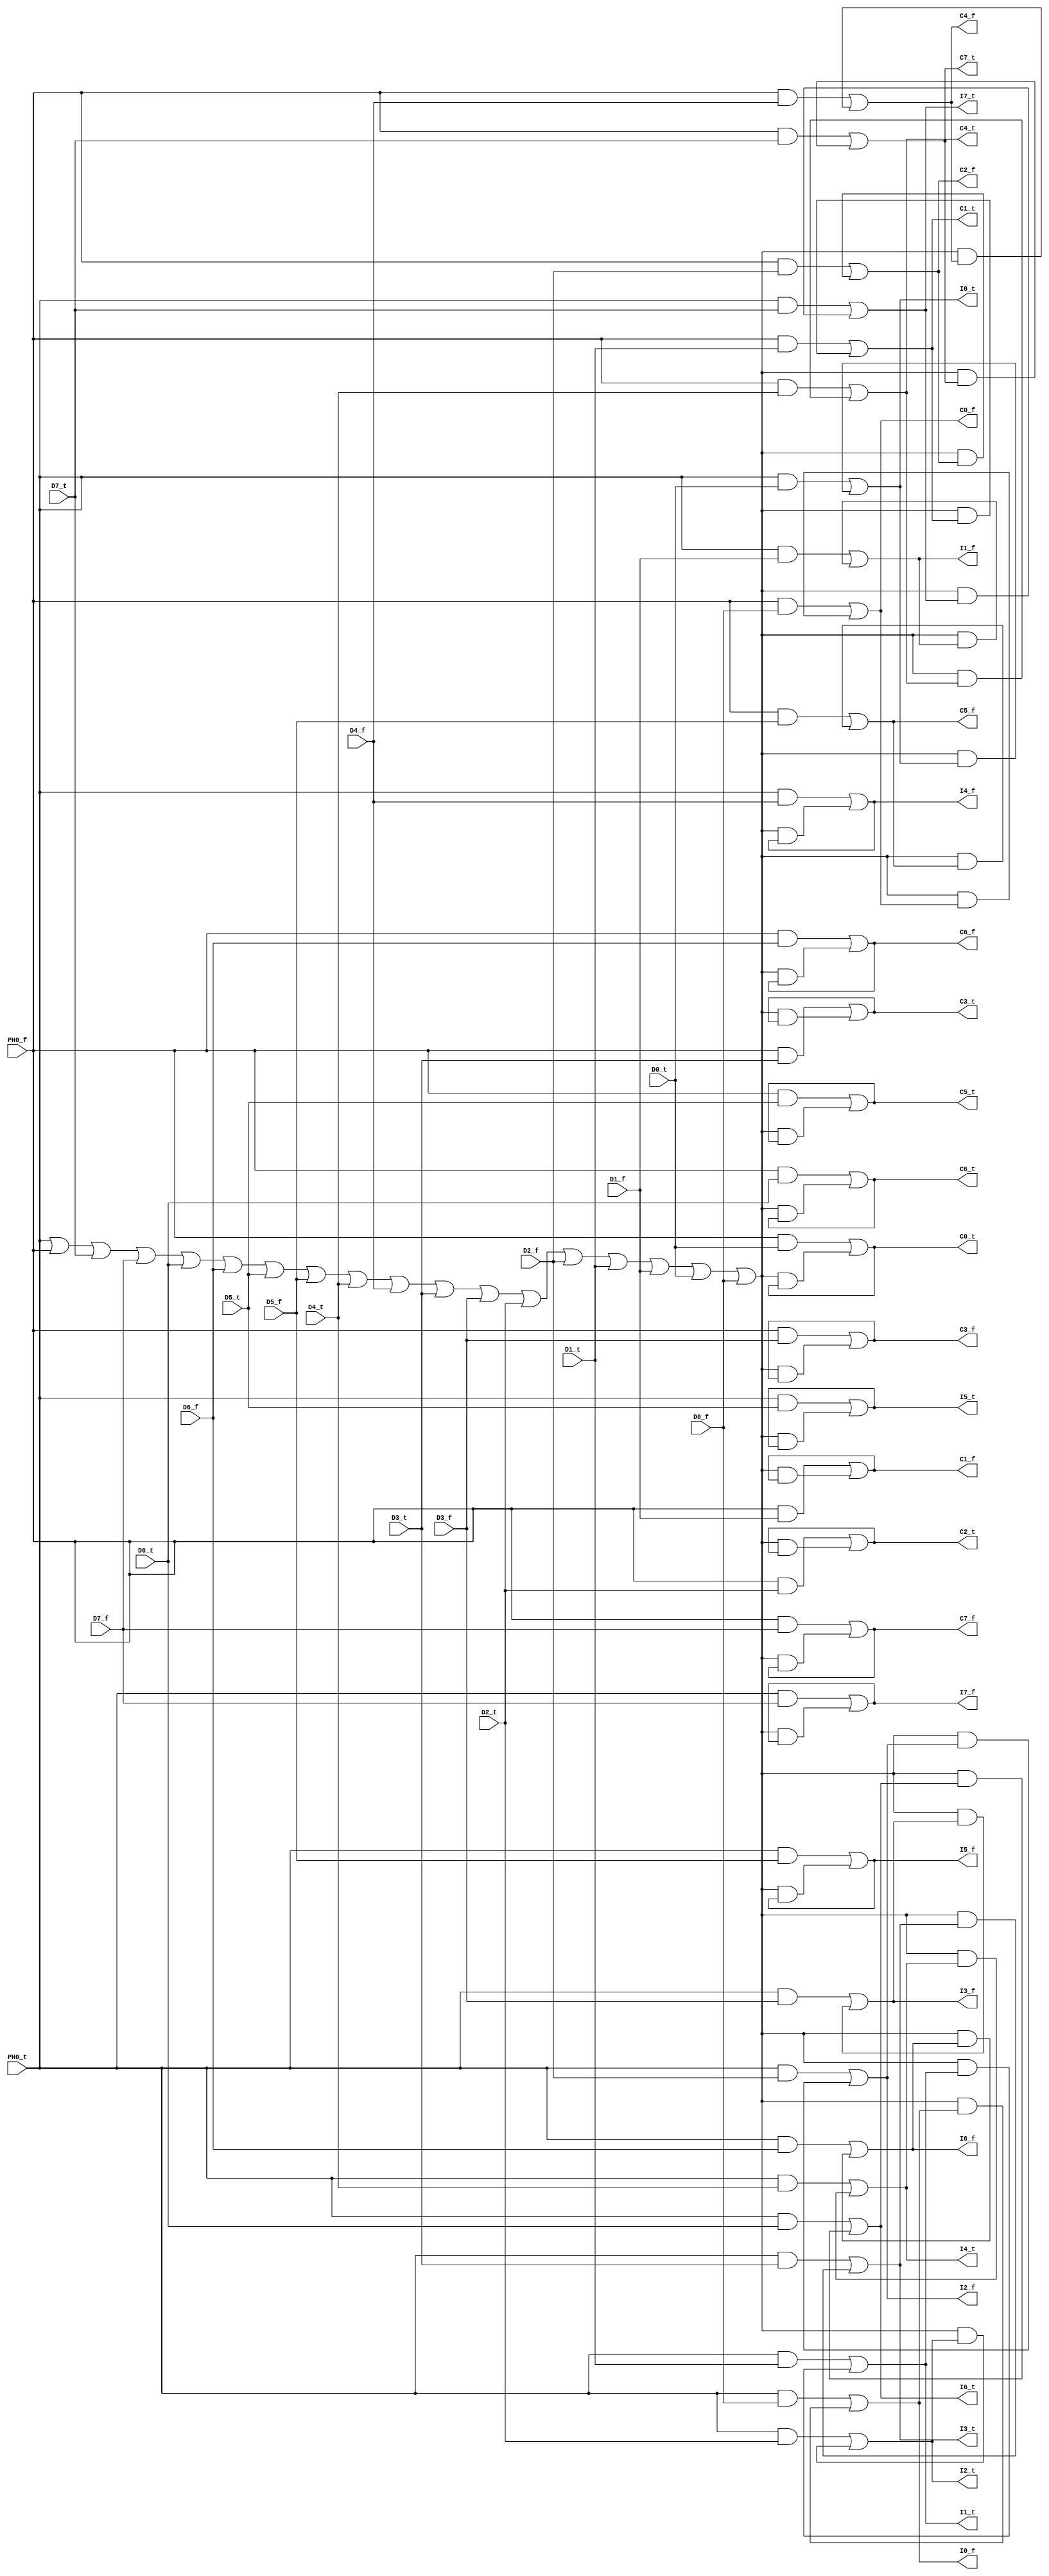
module mem_data_demux_NCL(
	input PH0_t, PH0_f, D7_t, D7_f, D6_t, D6_f, D5_t, D5_f, D4_t, D4_f,
			        	D3_t, D3_f, D2_t, D2_f, D1_t, D1_f, D0_t, D0_f,  
	output I7_t, I7_f, C7_t, C7_f,
			 I6_t, I6_f, C6_t, C6_f,
			 I5_t, I5_f, C5_t, C5_f,
			 I4_t, I4_f, C4_t, C4_f,
			 I3_t, I3_f, C3_t, C3_f,
			 I2_t, I2_f, C2_t, C2_f,
			 I1_t, I1_f, C1_t, C1_f,
			 I0_t, I0_f, C0_t, C0_f);

	wire hysteresis;
	assign hysteresis = PH0_t | PH0_f | D7_t | D7_f | D6_t | D6_f | D5_t | D5_f | D4_t | D4_f | D3_t | D3_f | D2_t | D2_f | D1_t | D1_f | D0_t | D0_f;

	assign I7_f= (PH0_t & D7_f) | (hysteresis & I7_f);
	assign I7_t= (PH0_t & D7_t) | (hysteresis & I7_t);
	assign C7_f= (PH0_f & D7_f) | (hysteresis & C7_f);
	assign C7_t= (PH0_f & D7_t) | (hysteresis & C7_t);

	assign I6_f= (PH0_t & D6_f) | (hysteresis & I6_f);
	assign I6_t= (PH0_t & D6_t) | (hysteresis & I6_t);
	assign C6_f= (PH0_f & D6_f) | (hysteresis & C6_f);
	assign C6_t= (PH0_f & D6_t) | (hysteresis & C6_t);

	assign I5_f= (PH0_t & D5_f) | (hysteresis & I5_f);
	assign I5_t= (PH0_t & D5_t) | (hysteresis & I5_t);
	assign C5_f= (PH0_f & D5_f) | (hysteresis & C5_f);
	assign C5_t= (PH0_f & D5_t) | (hysteresis & C5_t);

	assign I4_f= (PH0_t & D4_f) | (hysteresis & I4_f);
	assign I4_t= (PH0_t & D4_t) | (hysteresis & I4_t);
	assign C4_f= (PH0_f & D4_f) | (hysteresis & C4_f);
	assign C4_t= (PH0_f & D4_t) | (hysteresis & C4_t);

	assign I3_f= (PH0_t & D3_f) | (hysteresis & I3_f);
	assign I3_t= (PH0_t & D3_t) | (hysteresis & I3_t);
	assign C3_f= (PH0_f & D3_f) | (hysteresis & C3_f);
	assign C3_t= (PH0_f & D3_t) | (hysteresis & C3_t);

	assign I2_f= (PH0_t & D2_f) | (hysteresis & I2_f);
	assign I2_t= (PH0_t & D2_t) | (hysteresis & I2_t);
	assign C2_f= (PH0_f & D2_f) | (hysteresis & C2_f);
	assign C2_t= (PH0_f & D2_t) | (hysteresis & C2_t);

	assign I1_f= (PH0_t & D1_f) | (hysteresis & I1_f);
	assign I1_t= (PH0_t & D1_t) | (hysteresis & I1_t);
	assign C1_f= (PH0_f & D1_f) | (hysteresis & C1_f);
	assign C1_t= (PH0_f & D1_t) | (hysteresis & C1_t);

	assign I0_f= (PH0_t & D0_f) | (hysteresis & I0_f);
	assign I0_t= (PH0_t & D0_t) | (hysteresis & I0_t);
	assign C0_f= (PH0_f & D0_f) | (hysteresis & C0_f);
	assign C0_t= (PH0_f & D0_t) | (hysteresis & C0_t);
endmodule